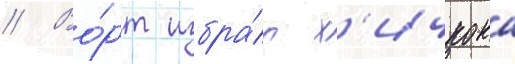
// Во́рт избра́л х'ичкока